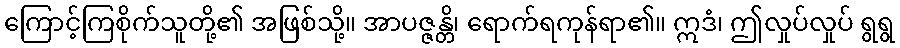
ကြောင့်ကြစိုက်သူတို့၏ အဖြစ်သို့။ အာပဇ္ဇန္တိ၊ ရောက်ရကုန်ရာ၏။ ဣဒံ၊ ဤလှုပ်လှုပ် ရွရွ